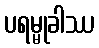
ပရမ္မုခါဿ